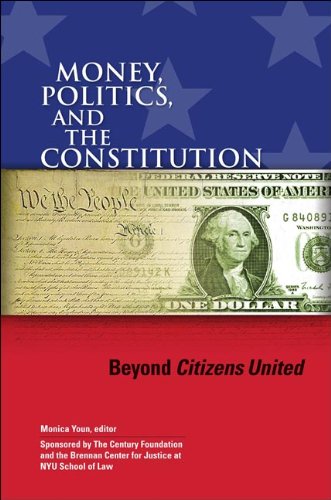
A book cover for Money, Politics, and the Constitution: Beyond Citizens United; Law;